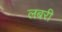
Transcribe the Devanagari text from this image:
लबरी